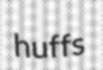
huffs